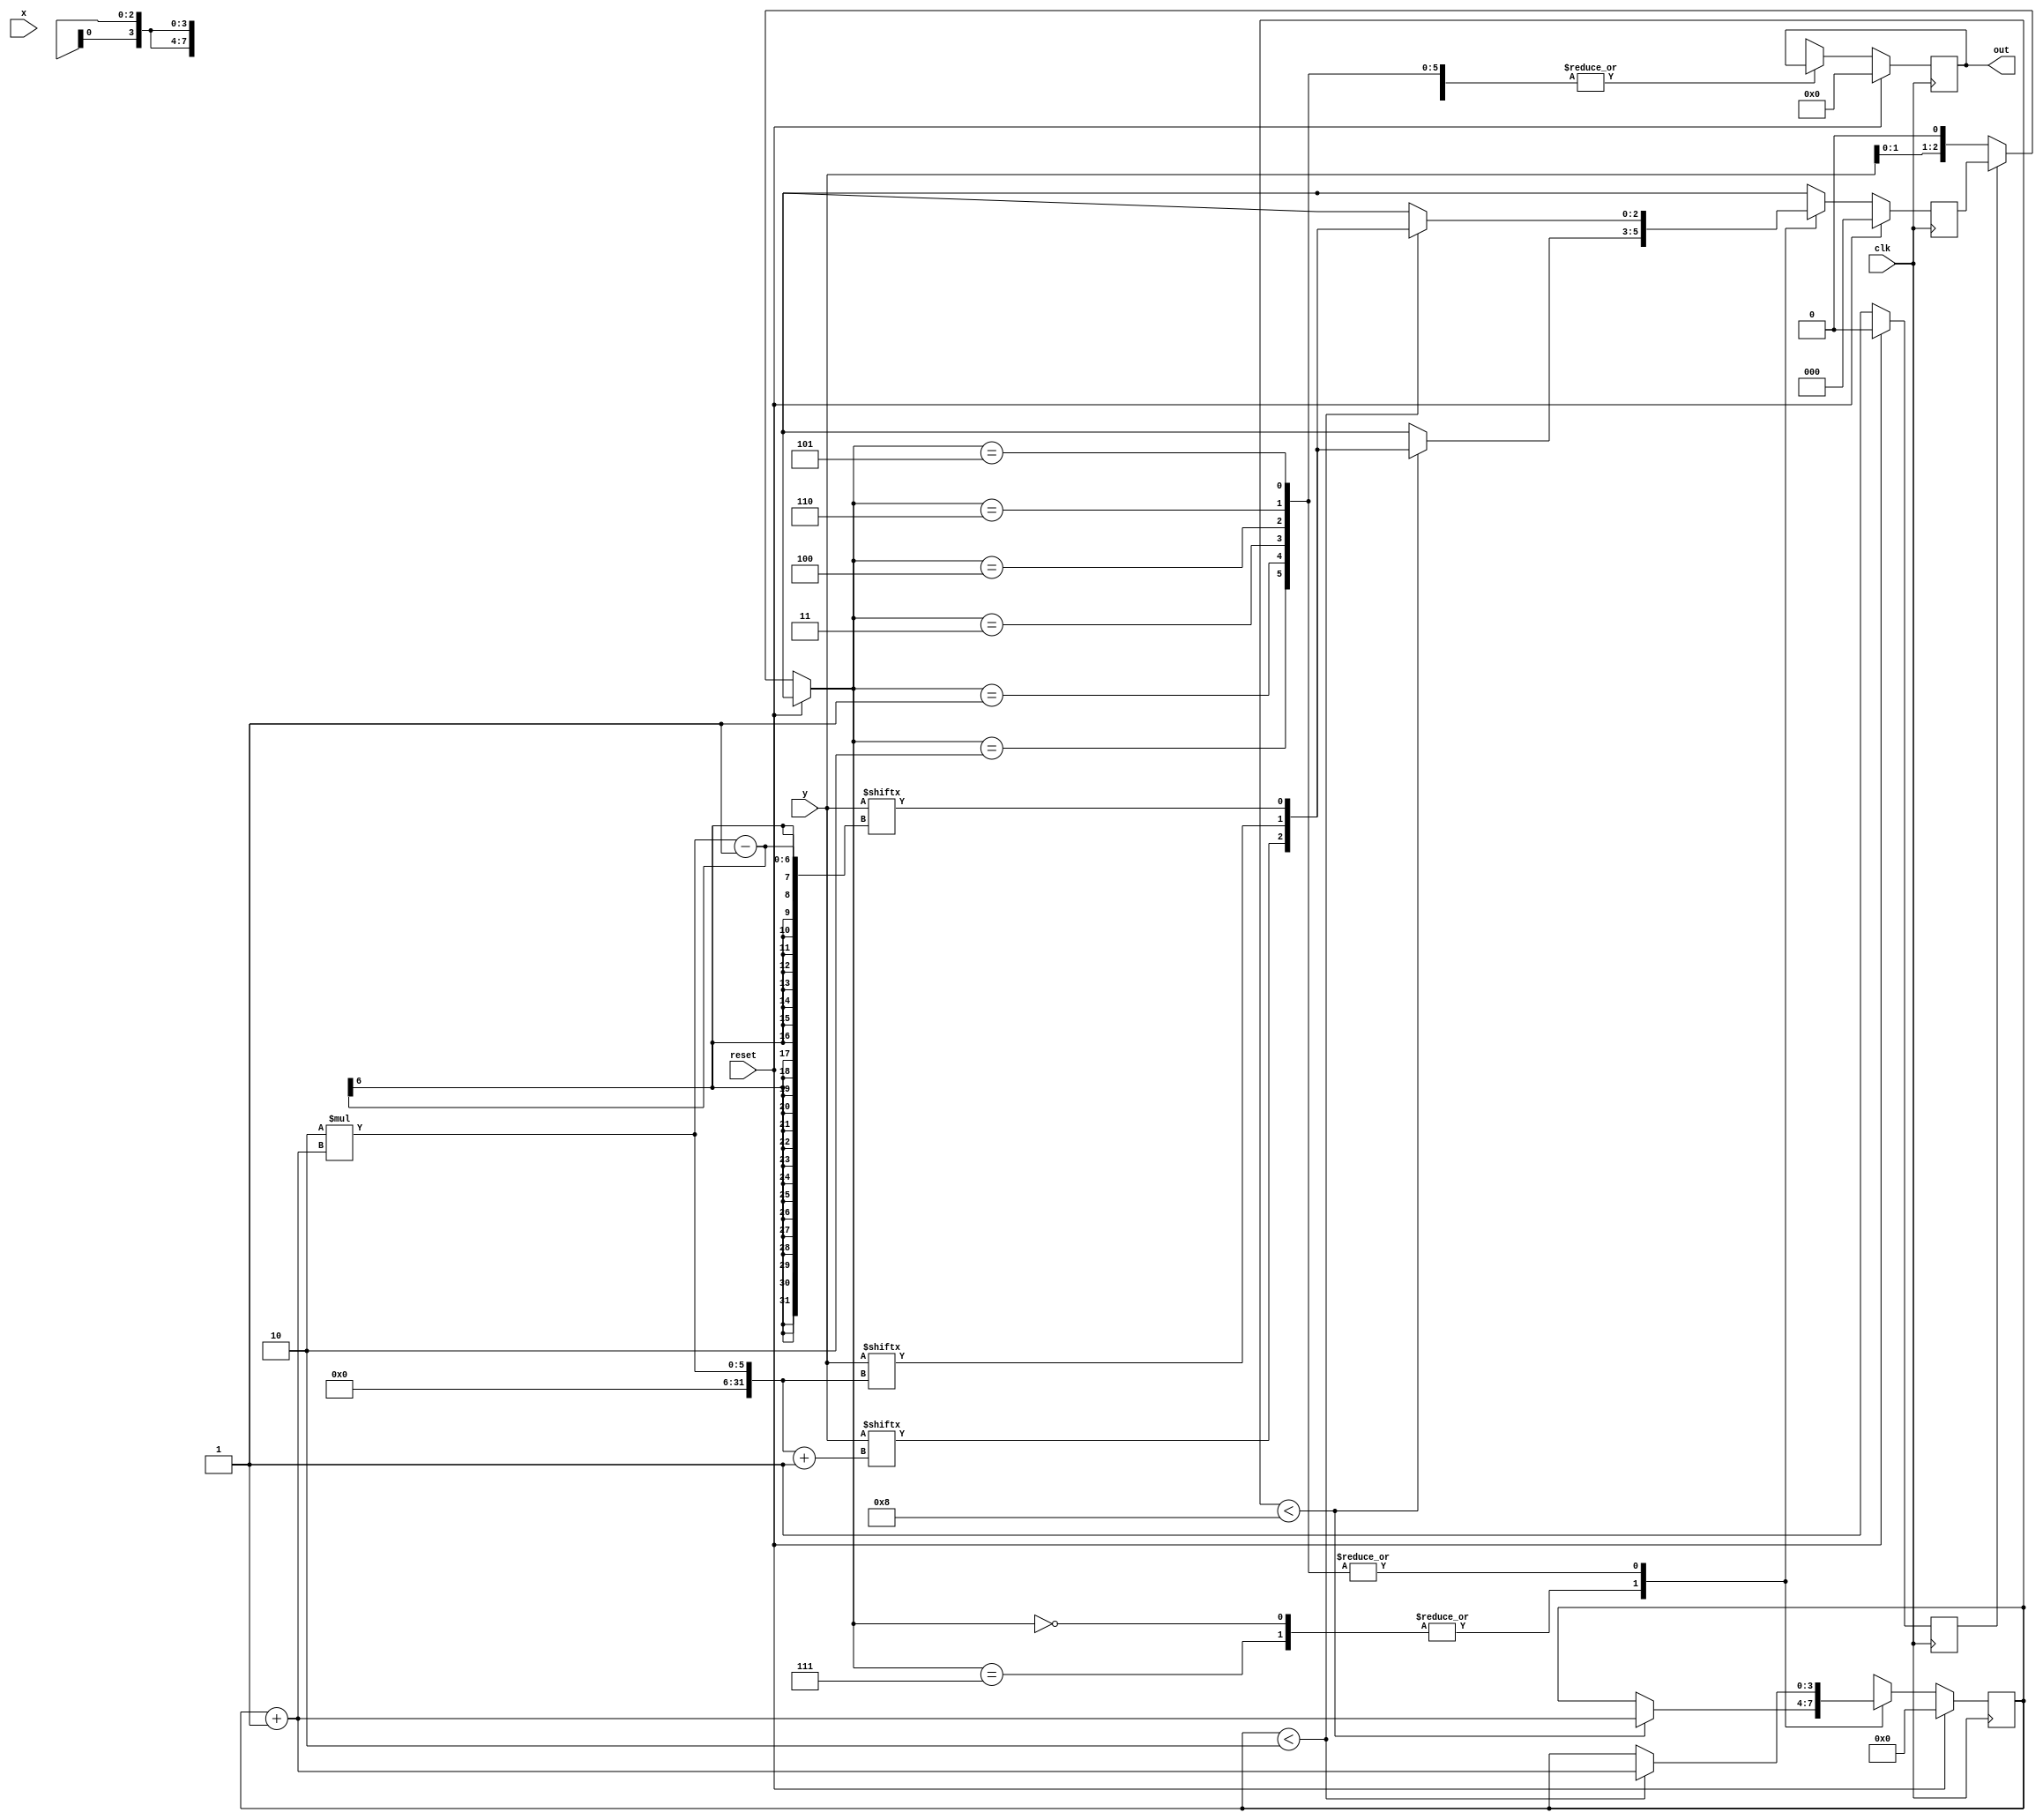
`timescale 1ns / 1ps
//////////////////////////////////////////////////////////////////////////////////
// Company: 
// Engineer: 
// 
// Design Name: 
// Module Name:    radix_net 
// Project Name: 
// Target Devices: 
// Tool versions: 
// Description: 
//
// Dependencies: 
//
// Revision: 
// Revision 0.01 - File Created
// Additional Comments: 
//
//////////////////////////////////////////////////////////////////////////////////
module radix_net (
input clk,reset,
input  [3:0] x,y,
output reg [7:0] out
);
reg [2:0] c=0 ;
 
reg   [7:0] pp=0; //partial products
reg   [7:0] spp=0; //shifted partial products
reg   [7:0] prod=0;
reg [3:0] i=0,j=0;
reg flag=0, temp=0 ;
wire [3:0] inv_x ;
//assign x= (~x) +1'b1;
assign inv_x = (~x) +1'b1;
always@(posedge clk)
begin
if(reset)
begin
out=0;
c=0;
pp=0;
flag=0;
spp=0;
i=0;
j=0;
prod=0;
end
else begin
 
if(!flag)
c={y[1],y[0],1'b0};
flag=1;
case(c)
////////////////////////
3'b000,3'b111: begin
if(i<8)
begin  i=i+1;
c={y[2*i+1],y[2*i],y[2*i-1]}; end
else
c=3'bxxx;
end
////////////////////////////
3'b001,3'b010:
begin
if(i<2)
begin
i=i+1;
c={y[2*i+1],y[2*i],y[2*i-1]};
pp={{4{x[3]}},x};
if(i==1'b1)
prod=pp;
else
begin
temp=pp[7];
j=i-1;
j=j<<1;
spp=pp<<j;
spp={temp,spp[6:0]};
prod=prod+spp;
end
end
else c=3'bxxx;
end
///////////////////////////
3'b011:
begin
if(i<2)
begin
i=i+1;
c={y[2*i+1],y[2*i],y[2*i-1]};
pp={{3{x[3]}},x,1'b0};
if(i==1'b1)
prod=pp;
else
begin
temp=pp[7];
j=i-1;
j=j<<1;
spp=pp<<j;
spp={temp,spp[6:0]};
prod=prod+spp;
end
end
else c=3'bxxx;
end
///////////////////////////
3'b100:
begin
if(i<2)
begin
i=i+1;
c={y[2*i+1],y[2*i],y[2*i-1]};
pp={{3{inv_x[3]}},inv_x,1'b0};
if(i==1'b1)
prod=pp;
else
begin
temp=pp[7];
j=i-1;
j=j<<1;
spp=pp<<j;
spp={temp,spp[6:0]};
prod=prod+spp;
end
end
else c=3'bxxx;
end
////////////////////////////////////
3'b101, 3'b110:
begin
if(i<2)
begin
i=i+1;
c={y[2*i+1],y[2*i],y[2*i-1]};
pp={{4{inv_x[3]}},inv_x};
if(i==1'b1)
prod=pp;
else
begin
temp=pp[7];
j=i-1;
j=j<<1;
spp=pp<<j;
spp={temp,spp[6:0]};
prod=prod+spp;
end
end
else c=3'bxxx;
end
////////////////
default:
out= prod;
endcase
end
end
 
endmodule